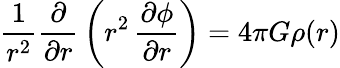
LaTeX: {\frac{1}{r^{2}}}{\frac{\partial}{\partial r}}\left(r^{2}\, {\frac{\partial\phi}{\partial r}}\right)=4\pi G\rho(r)